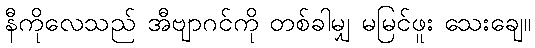
နီကိုလေသည် အီဗျာဂင်ကို တစ်ခါမျှ မမြင်ဖူး သေးချေ။